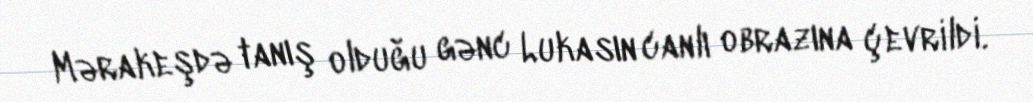
Mərakeşdə tanış olduğu gənc Lukasın canlı obrazına çevrildi.